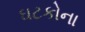
ઘટકોના